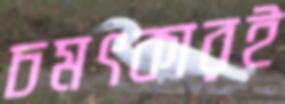
চমৎকারই